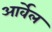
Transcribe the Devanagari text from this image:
आर्वेल